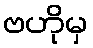
ဗဟိုမှ